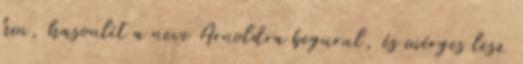
hm, hasonlít a neve Arnoldra begurul, és mérges lesz